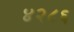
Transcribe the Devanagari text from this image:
४२८६